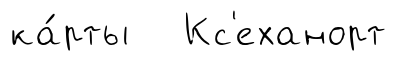
ка́рты Кс'еханорт